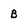
Character: B